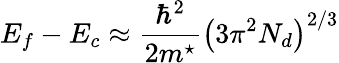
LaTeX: E_{f}-E_{c}\approx\frac{\hbar^{2}}{2m^{\star}}\left(3\pi^{2}N_{d}\right)^{2/3}